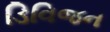
ડિવિજન